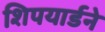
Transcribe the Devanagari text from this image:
शिपयार्डने